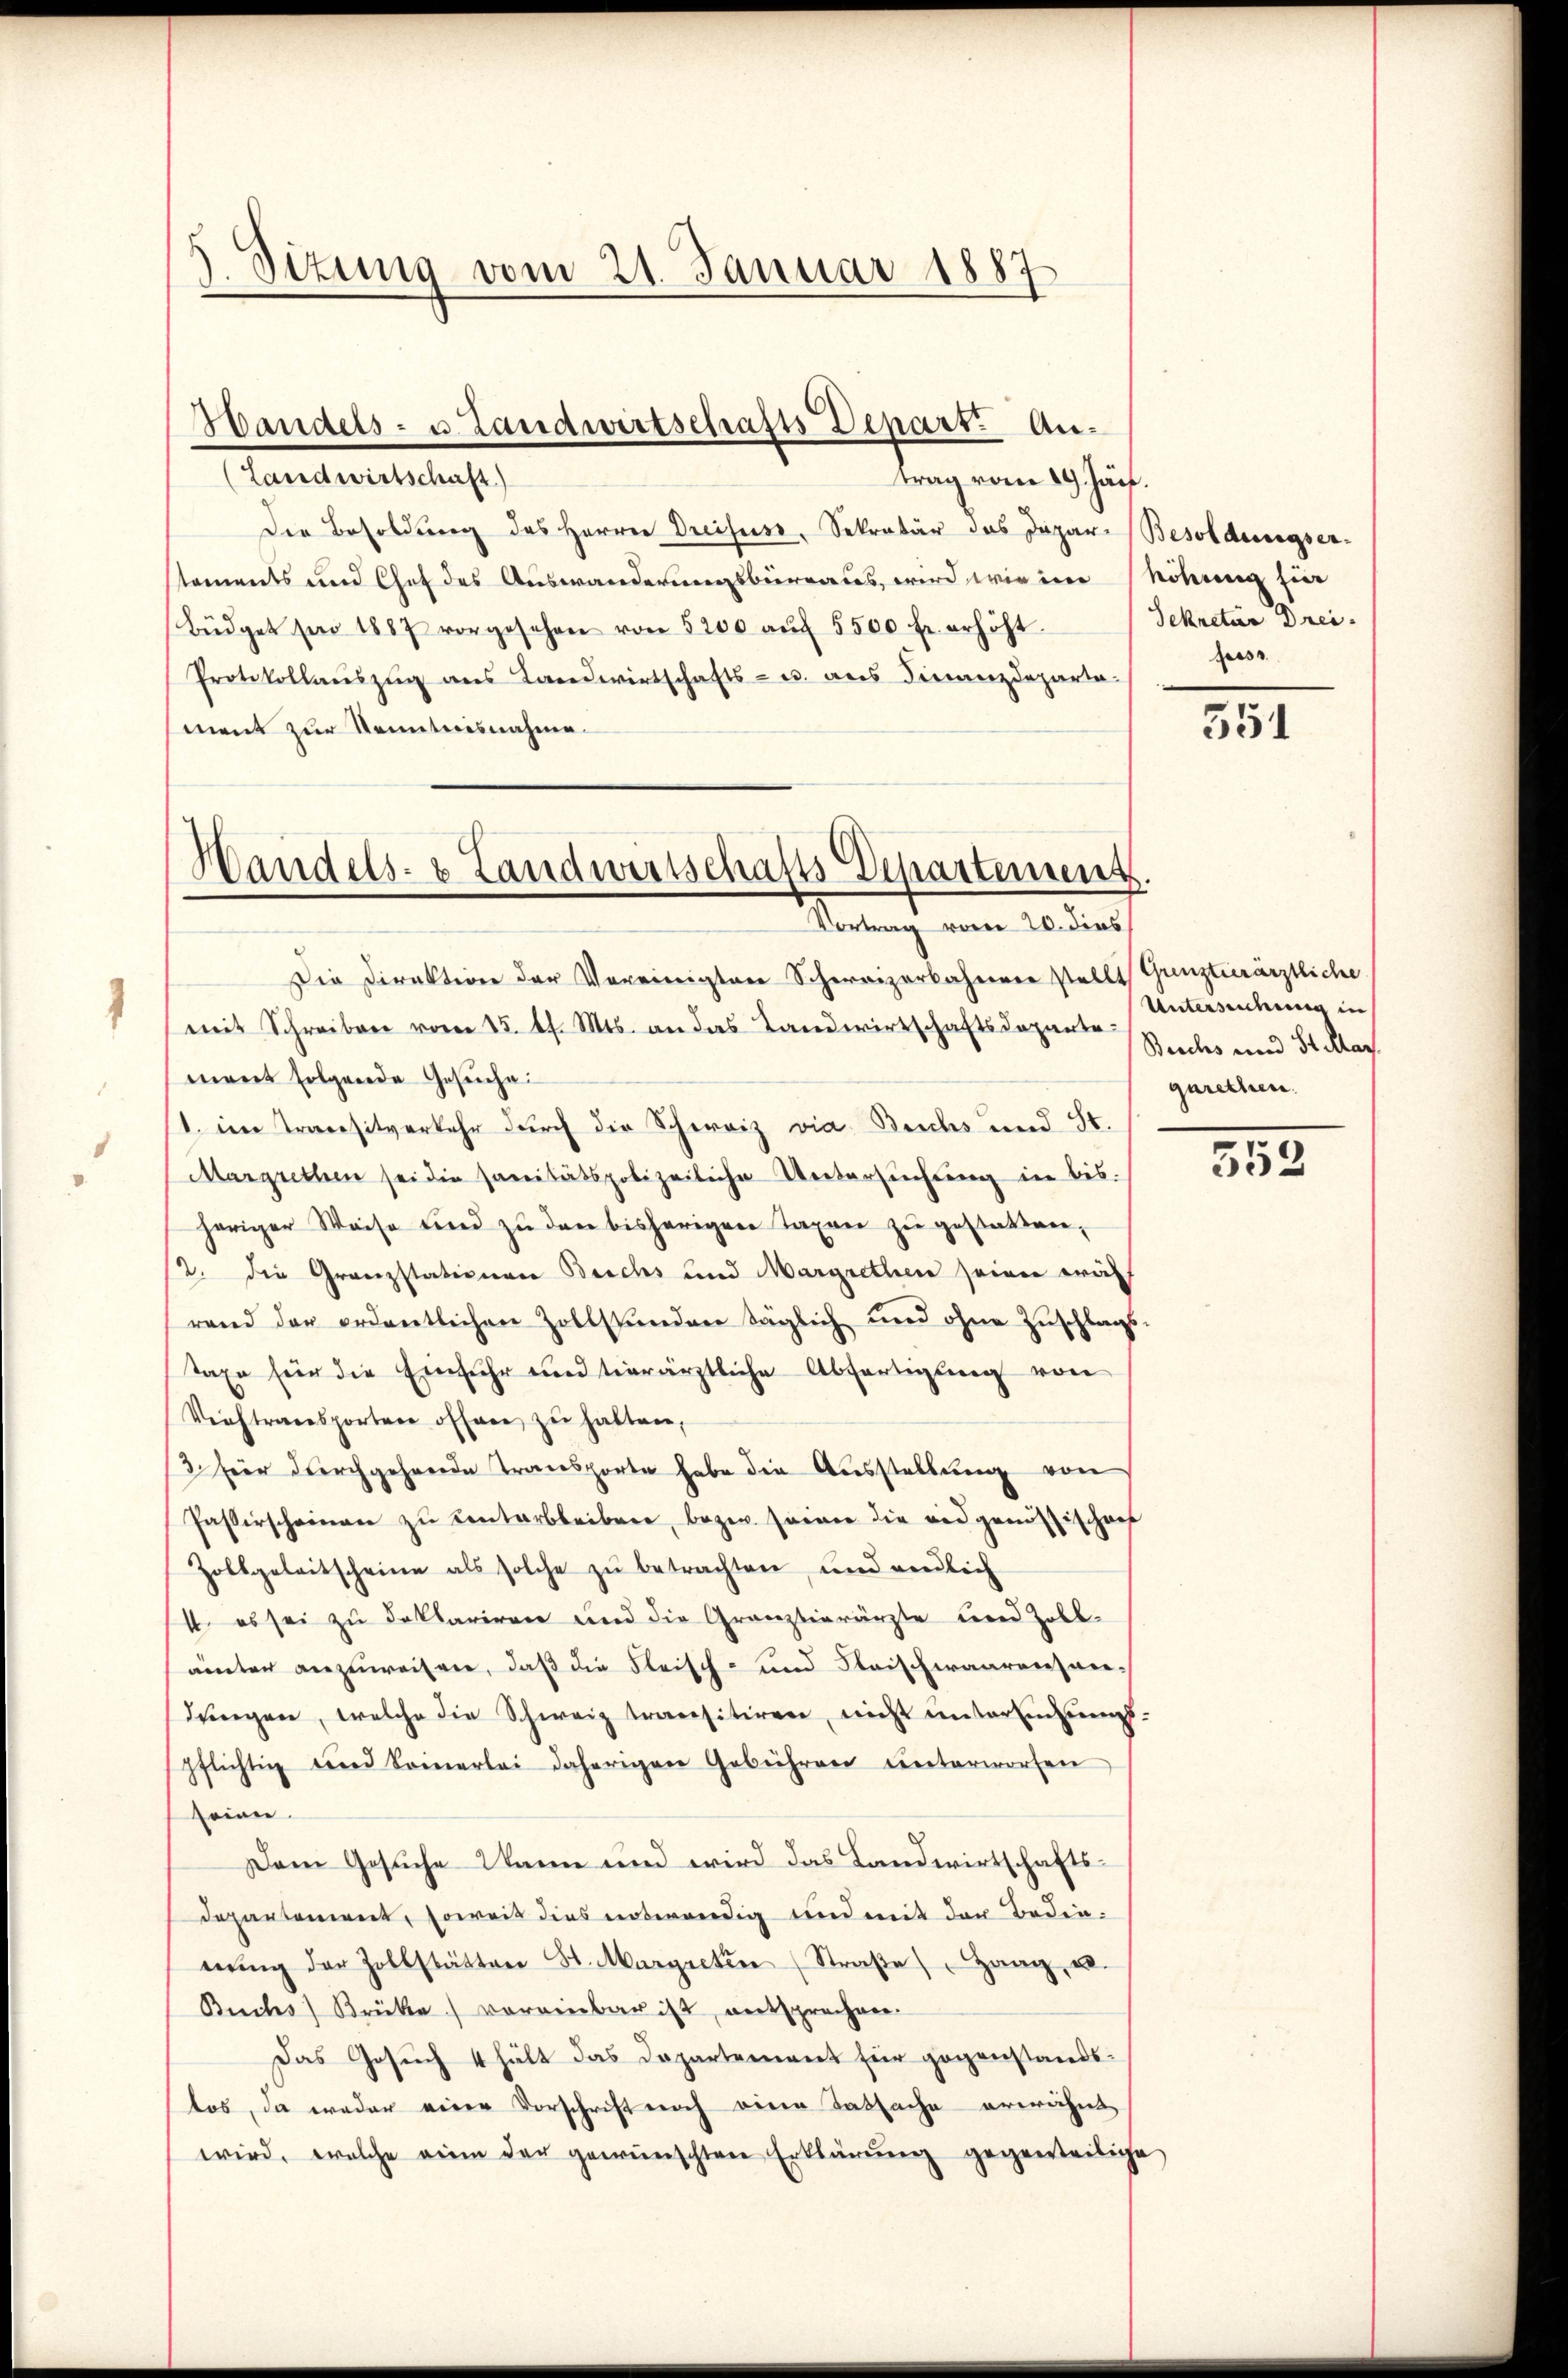
1

Situng vom 21. Januar 1887

Handels- u. Landwirtschafts Depart. An¬

(Landwirtschaft)
trag vom 29. Jän.
Der Besoldung des Herren Dreifuss, Sekretär das Japare Besoldungserstaments und Chef des Auswanderungsbureaus, wird wie im Möhung für
Büdget sei 1887 vorgesehen von 5200 aŭf 5500 fr. erhöht.
Protokollauszug aus Landwirtschafts- u. aus Finanzdeparta
ment zur Kenntnisnahme.
Die Direktion der Vereinigten Schereizerbahrerer stellt Grenztierärztliche
mit Schreiben vom 15. d. Mts. an das Landwirtschaftsdeparte
ment folgende Gesuche
(1. im Transitverkehr durch die Schweiz via Buchs und St.
Margrethen sei die sanitätspolizeiliche Untersŭchŭng in bis.
heriger Weise und zŭ den bisherigen Taxen zŭ gestatten,
2. die Granzstationen Beichs und Margrethen seien wil
rend der ordentlichen Zollstunden täglich und ohne Zŭschlags-
taxe für die Einfuhr und tierärztliche Abfertigung von
Verstransporten offen zŭ halten,
3 hier durchgehende Transporte habe die Ausstellung von
Passerscheinen zu conterbleiben, bezw. seiner die eidgenössischens
Zollgeleitscheine als solche zŭ betrachten, und endlich
1t es sei zu deklariren und die Gränzbierärzte und Zoll-
ainter anzuweisen, daß die Fleisch- und Fleischwaarensandungen, welche die Schweiz transitiren, nicht untereinzungspflichtig und Sonnerlei daherigen Gebühren unterworfen
seien.
Dem Gesuche Dann und wird das Landwirtschafts¬
Departement, soweit dies notwendig und mit der Bedinnŭng der Zollstätten St. Margreten (Straβe "Hang u.
Buchs Brüke) voreinbar ist, entsprechen.
Das Gesuch 4 hält das Departement für gegenstandstos, da weder einer Vorschrift noch eine Tatsache erwähnt
wird, welche eine der gewünschten Erklärŭng gegenteilige

Handels- & Landwirtschafts-Departement.
Vortrag vom 20. dies

Sekretär Drei-
fess.

351

Untersuchung in
Berches und St. Mart.
garethen.

355